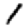
Digit: 1